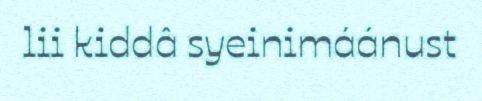
lii kiddâ syeinimáánust